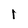
Character: I